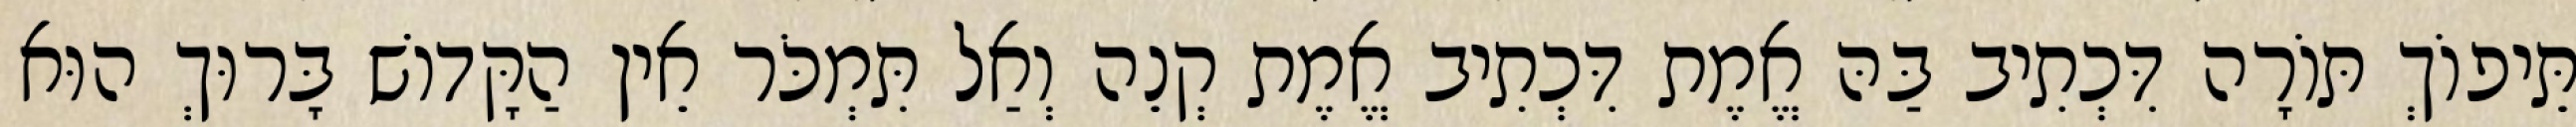
תֵּיפוֹךְ תּוֹרָה דִּכְתִיב בַּהּ אֱמֶת דִּכְתִיב אֱמֶת קְנֵה וְאַל תִּמְכֹּר אֵין הַקָּדוֹשׁ בָּרוּךְ הוּא